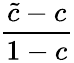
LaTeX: \frac{\tilde{c}-c}{1-c}